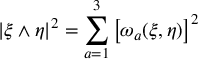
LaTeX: | \xi \wedge \eta | ^ { 2 } = \sum _ { a = 1 } ^ { 3 } \left[ \omega _ { a } ( \xi , \eta ) \right] ^ { 2 }